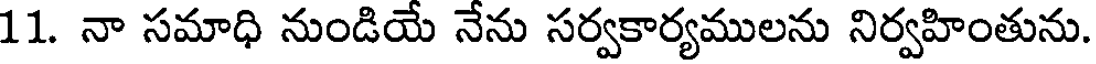
11. నా సమాధి నుండియే నేను సర్వకార్యములను నిర్వహింతును.